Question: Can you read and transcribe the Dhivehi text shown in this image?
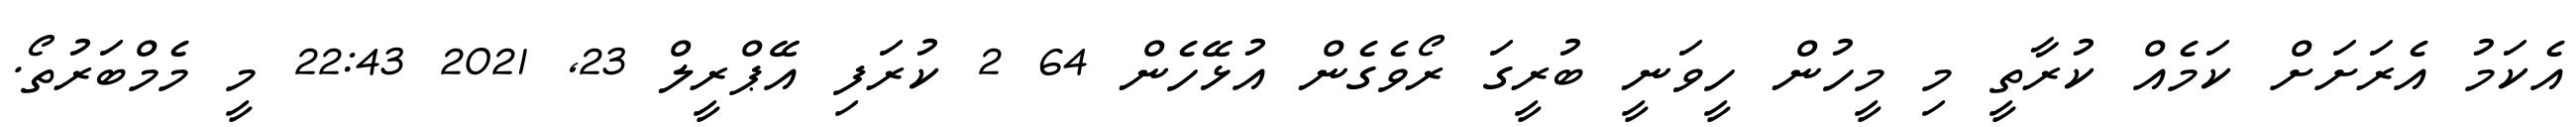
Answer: އެކަމު އެރަށަށް ކަމެއް ކުރާތީ މި މީހުން ހީވަނީ ބުރީގަ ރޯވެގެން އުޅޭހެން 64 2 ކުރަފި އޭޕްރީލް 23, 2021 22:43 މީ މެމްބަރުތޯ.